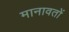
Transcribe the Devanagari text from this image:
मानावतों